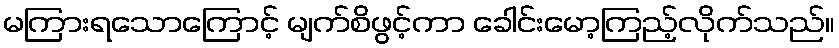
မကြားရသောကြောင့် မျက်စိဖွင့်ကာ ခေါင်းမော့ကြည့်လိုက်သည်။